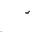
Letter: _hamza